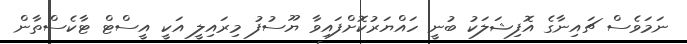
ނަމަވެސް ޗައިނާގެ އޮފިޝަލަކު ބުނީ ހައްޔަރުކޮށްފައިވާ ޔޫސުފު މިރައިލީ އަކީ އީސްޓް ޓާކެސްތާން